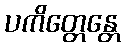
ပကိတ္တေန္တေ